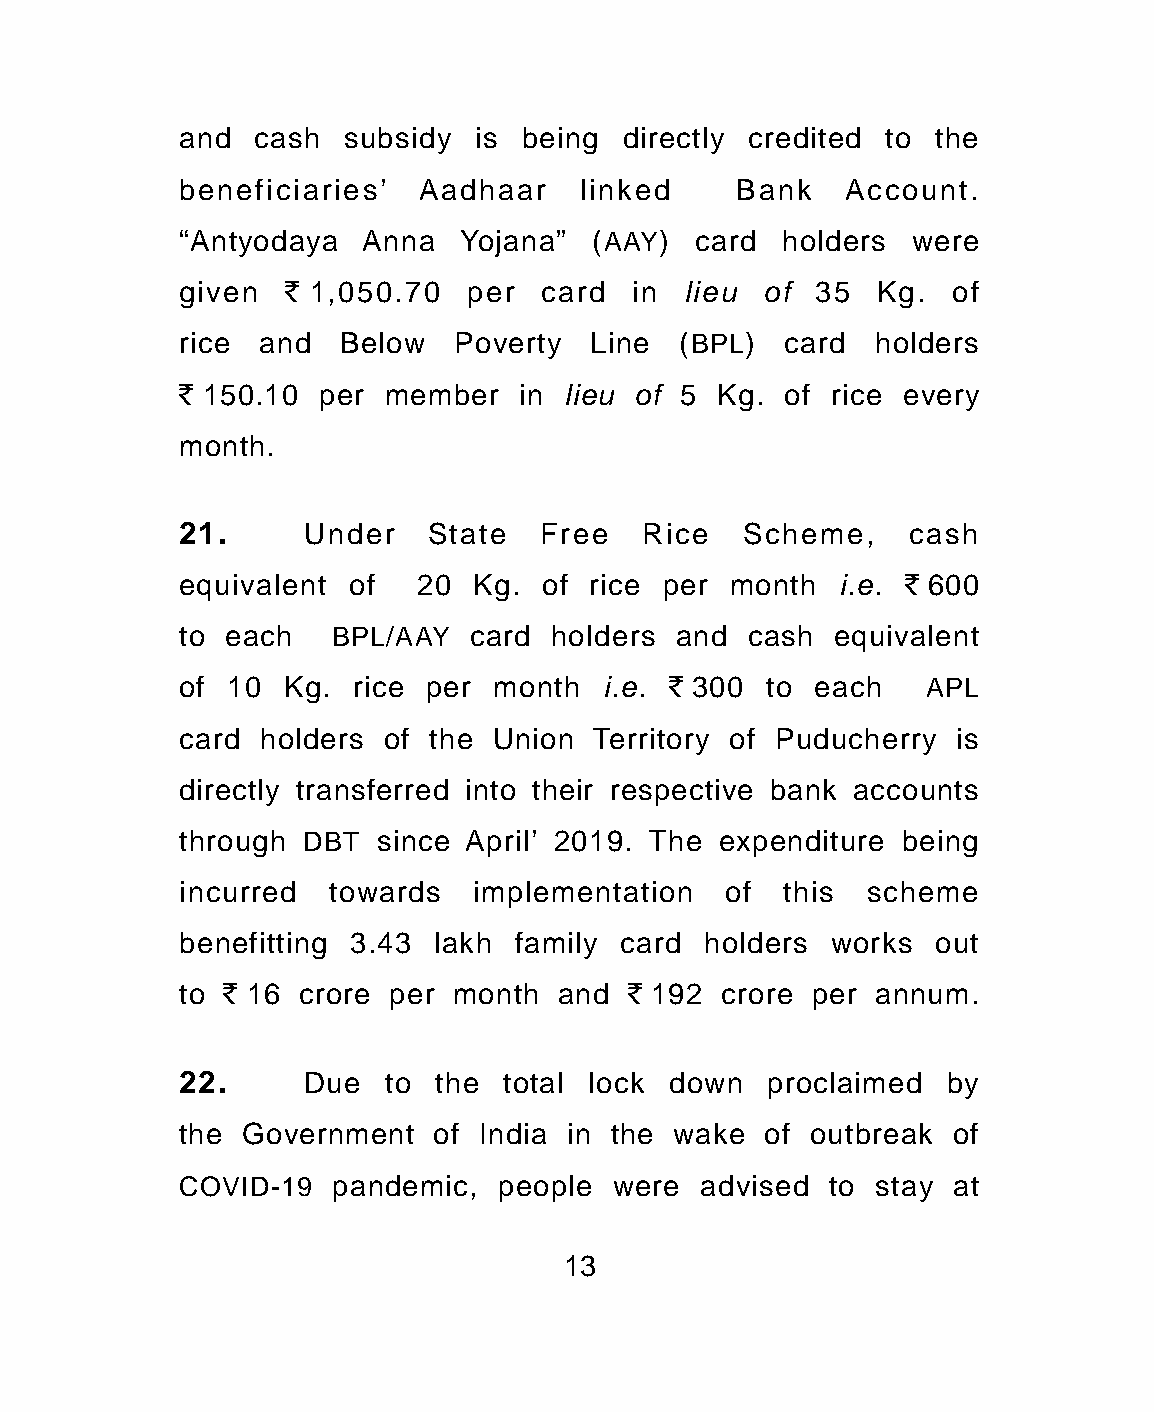
and  cash  subsidy is being  directly credited to the
 beneficiaries'  Aadhaar   linked     Bank   Account.
 “Antyodaya  Anna  Yojana”  (AAY)  card  holders were
 given  ` 1,050.70  per  card  in lieu of  35  Kg.  of
 rice and  Below   Poverty  Line  (BPL)  card  holders
 ` 150.10 per member   in lieu of 5 Kg.  of rice every
 month.
 21.     Under   State   Free  Rice   Scheme,    cash
 equivalent of   20 Kg.  of rice per month  i.e. ` 600
 to each   BPL/AAY  card holders  and cash  equivalent
 of 10  Kg. rice per  month  i.e. ` 300 to each   APL
 card holders of the Union  Territory of Puducherry is
 directly transferred into their respective bank accounts
 through DBT  since April’ 2019. The expenditure being
 incurred  towards  implementation   of  this scheme
 benefitting 3.43 lakh family card holders  works  out
 to ` 16 crore per month  and ` 192  crore per annum.
 22.     Due  to  the total lock down   proclaimed  by
 the Government   of India in the wake of outbreak  of
 COVID-19  pandemic,  people were  advised  to stay at
 13